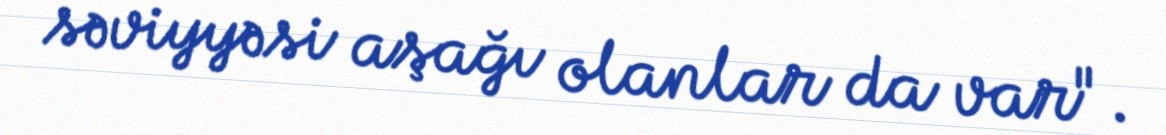
səviyyəsi aşağı olanlar da var".